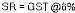
SR = GST @6%